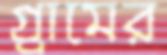
গ্র্রামের